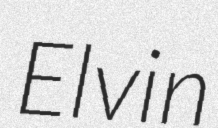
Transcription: Elvin